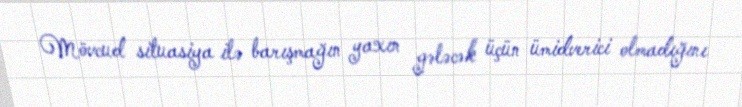
Mövcud situasiya ilə barışmağın yaxın gələcək üçün ümidverici olmadığını